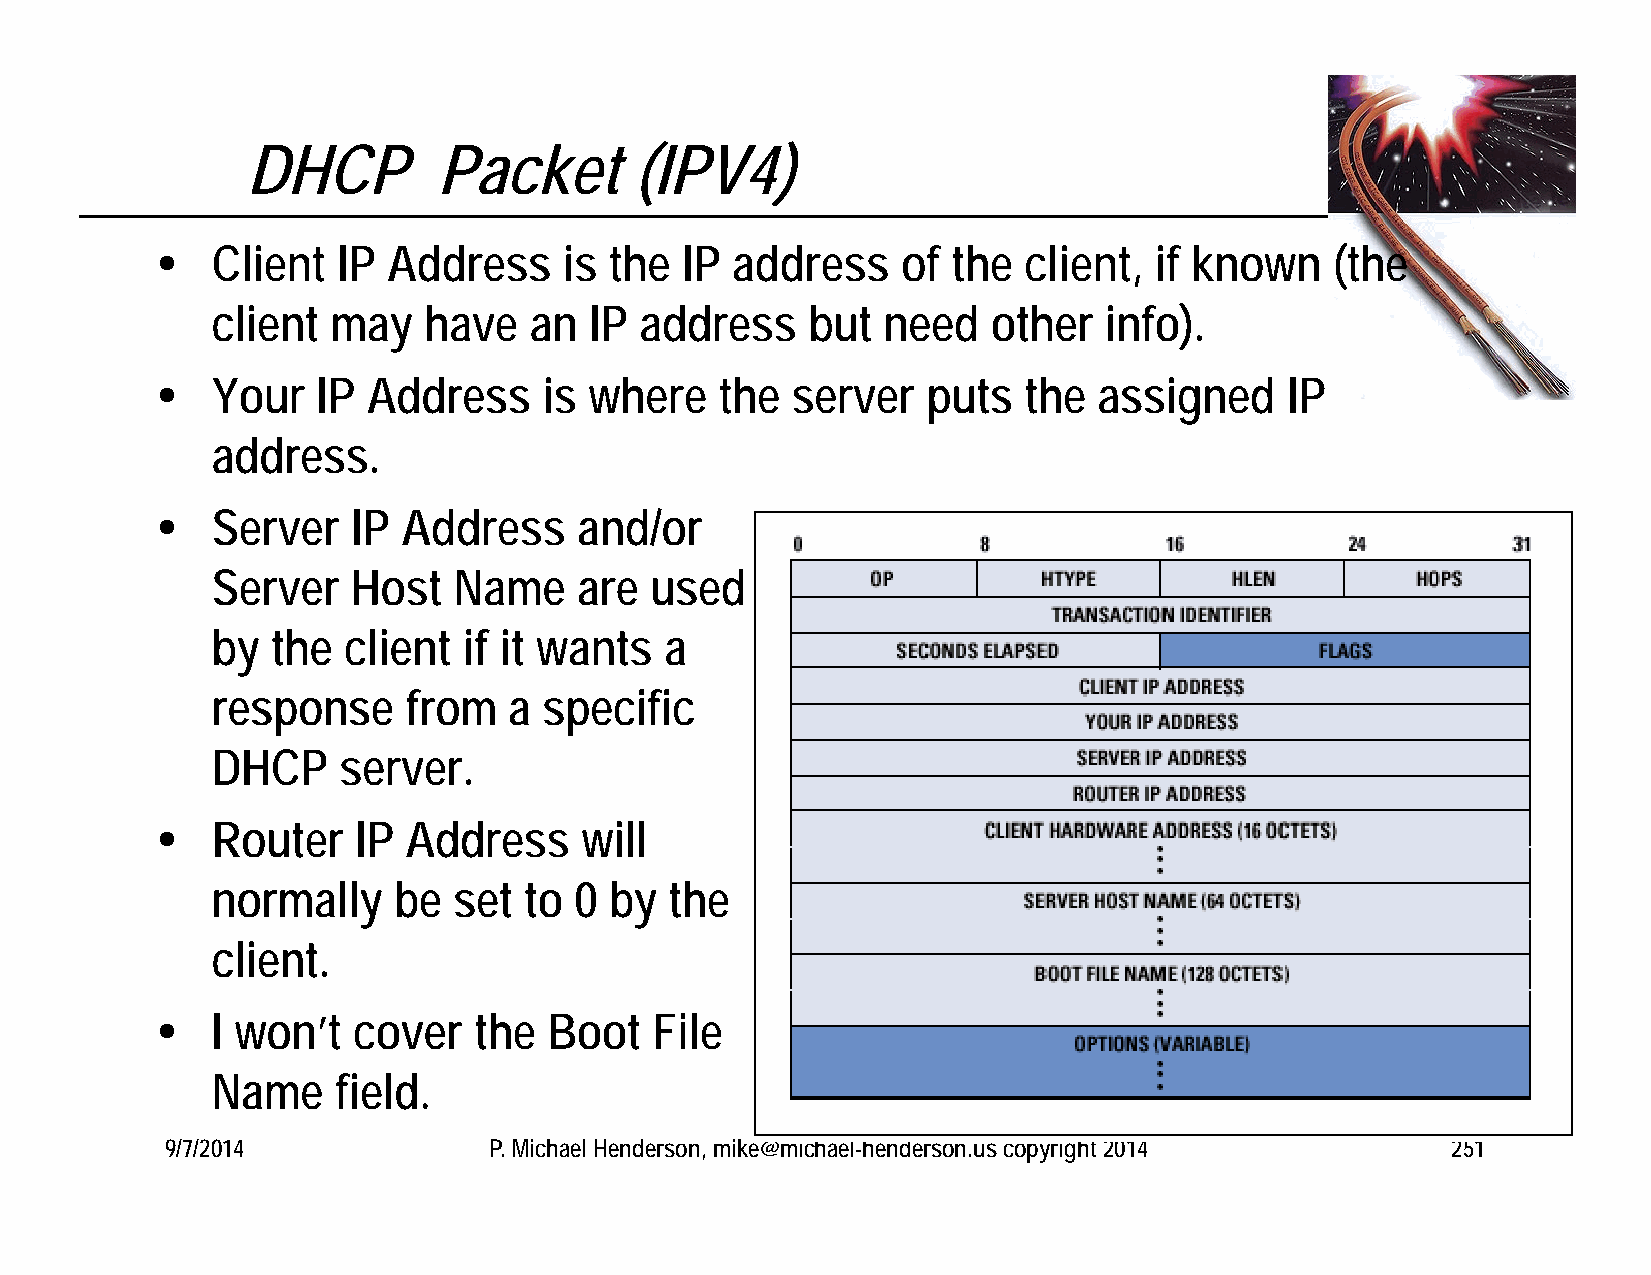
DHCP         Packet       (IPV4)
    Client  IP  Address    is the  IP address     of the  client, if known    (the
 client  may   have   an  IP address    but  need    other  info).
    Your   IP Address     is where    the server   puts   the  assigned    IP
 address.
    Server   IP  Address    and/or
 Server   Host   Name    are  used
 by  the  client  if it wants  a
 response     from   a specific
 DHCP    server.
    Router    IP Address    will
 normally    be  set  to 0 by  the
 client.
    I won’t  cover   the  Boot   File
 Name    field.
 9/7/2014             P. Michael Henderson, mike@michael-henderson.us copyright 2014  251